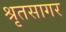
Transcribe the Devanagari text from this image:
श्रृतसागर